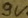
Text: 9V